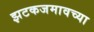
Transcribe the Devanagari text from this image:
झटकजमावच्या